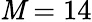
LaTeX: \mathit{M}=14